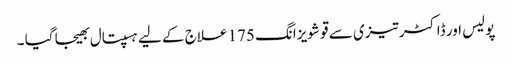
پولیس اور ڈاکٹر تیزی سے قو شویزانگ 175 علاج کے لیے ہسپتال بھیجا گیا ۔